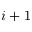
i + 1